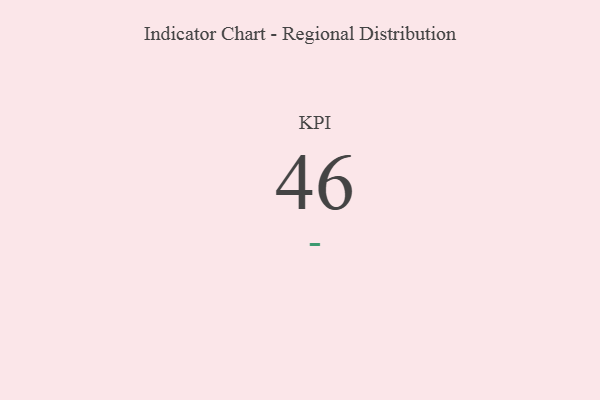
{"axis": {"x": "KPI", "y": "Value"}, "legend": [""], "data": [{"x": "KPI", "y": 46, "type": ""}]}